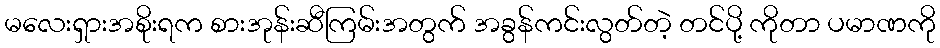
မလေးရှားအစိုးရက စားအုန်းဆီကြမ်းအတွက် အခွန်ကင်းလွတ်တဲ့ တင်ပို့ ကိုတာ ပမာဏကို